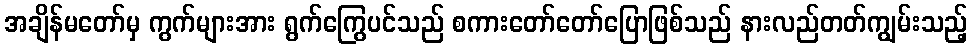
အချိန်မတော်မှ ကွက်များအား ရွက်ကြွေပင်သည် စကားတော်တော်ပြောဖြစ်သည် နားလည်တတ်ကျွမ်းသည့်